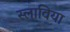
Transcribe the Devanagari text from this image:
स्लाविया